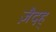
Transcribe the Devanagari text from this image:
ज़ैदह्